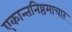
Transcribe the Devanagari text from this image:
एकान्तनिष्ठमाचारं